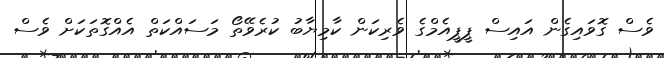
ވެސް ގޮވައިގެން އައިސް ޕީޕީއެމްގެ ވެރިކަން ކާމިޔާބު ކުރެވޭތޯ މަސައްކަތް އެއްގޮތަކަށް ވެސް